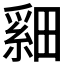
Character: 𬏏